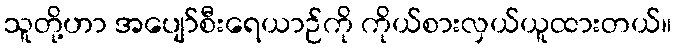
သူတို့ဟာ အပျော်စီးရေယာဉ်ကို ကိုယ်စားလှယ်ယူထားတယ်။